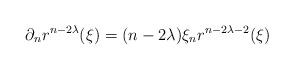
LaTeX: \begin{align*} \partial_nr^{n-2\lambda}(\xi)=(n-2\lambda)\xi_n r^{n-2\lambda-2}(\xi) \end{align*}